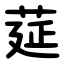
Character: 莚